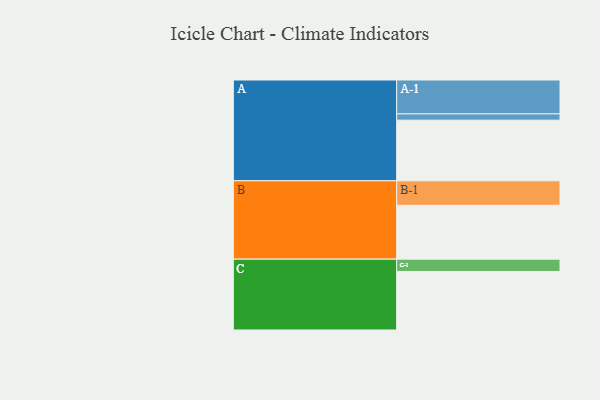
{"axis": {"x": "Segment", "y": "Value"}, "legend": ["", "A", "B", "C"], "data": [{"x": "A", "y": 492, "type": ""}, {"x": "B", "y": 437, "type": ""}, {"x": "C", "y": 475, "type": ""}, {"x": "A-1", "y": 275, "type": "A"}, {"x": "A-2", "y": 51, "type": "A"}, {"x": "B-1", "y": 199, "type": "B"}, {"x": "C-1", "y": 100, "type": "C"}]}